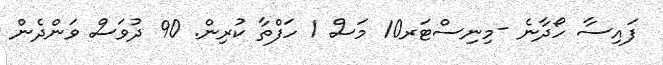
ފައިސާ ހޯދާނެ -މިނިސްޓަރ10 މަސް 1 ހަފްތާ ކުރިން. 90 ދުވަސް ވަންދެން